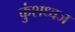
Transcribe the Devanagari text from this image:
कुंशध्वज